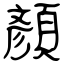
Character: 顏